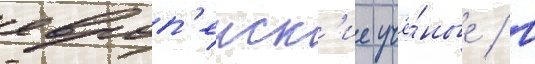
европ'еиск'ие учё́ные / в